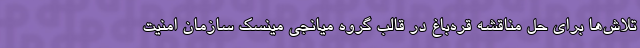
تلاش‌ها برای حل مناقشه قره‌باغ در قالب گروه میانجی مینسک سازمان امنیت